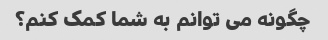
چگونه می توانم به شما کمک کنم؟